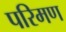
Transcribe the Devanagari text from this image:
परिमण